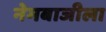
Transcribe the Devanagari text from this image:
नेमबाजीला